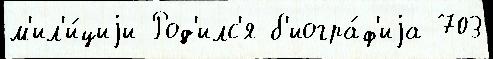
м'ил'и́циjи Род'илс'я б'иогра́ф'иjа 703